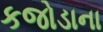
કજોડાના